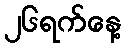
၂၆ရက်နေ့